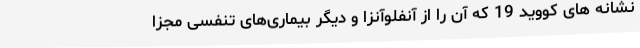
نشانه های کووید 19 که آن را از آنفلوآنزا و دیگر بیماری‌های تنفسی مجزا